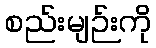
စည်းမျဉ်းကို